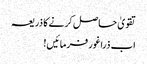
تقویٰ حاصل کرنے کا ذریعہ
اب ذراغور فرمائیں!